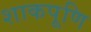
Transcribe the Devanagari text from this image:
शाकपूणि